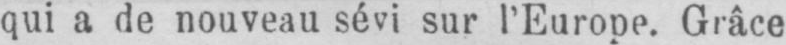
qui a de nouveau sévi sur l’Europe. Grâce